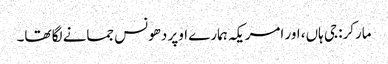
مارکر: جی ہاں، اور امریکہ ہمارے اوپر دھونس جمانے لگا تھا۔